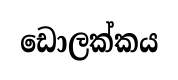
ඩොලක්කය